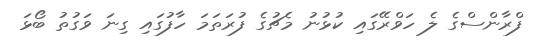
ފްރާންސްގެ ލެ ހަވްރޭގައި ކުޅުނު މެޗުގެ ފުރަތަމަ ހާފުގައި ގިނަ ވަގުތު ބޯޅަ